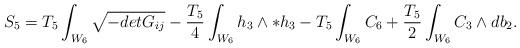
LaTeX: \begin{align*}S_5=T_5\int_{W_6}\sqrt{-det G_{ij}}-{T_5\over 4}\int_{W_6}h_3\wedge *h_3 - T_5\int_{W_6}C_6+{T_5\over 2}\int_{W_6}C_3\wedge db_2.\end{align*}